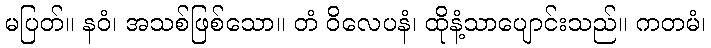
မပြတ်။ နဝံ၊ အသစ်ဖြစ်သော။ တံ ဝိလေပနံ၊ ထိုနံ့သာပျောင်းသည်။ ကတမံ၊